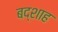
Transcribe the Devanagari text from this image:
बद्शाह